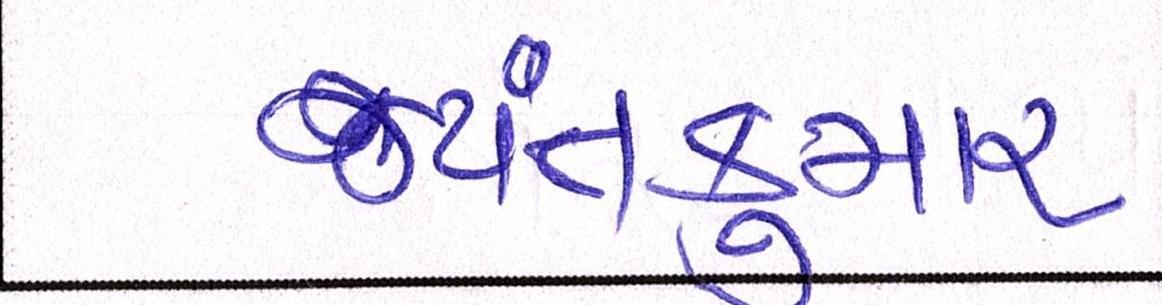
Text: જયંતકુમાર